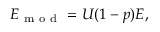
E _ { \mathrm { ~ m ~ o ~ d ~ } } = U ( 1 - p ) E ,